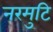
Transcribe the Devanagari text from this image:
नरमुटि